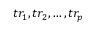
{ t r _ { 1 } , t r _ { 2 } , \ldots , t r _ { p } }